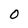
Character: 0